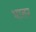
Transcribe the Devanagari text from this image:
भातर